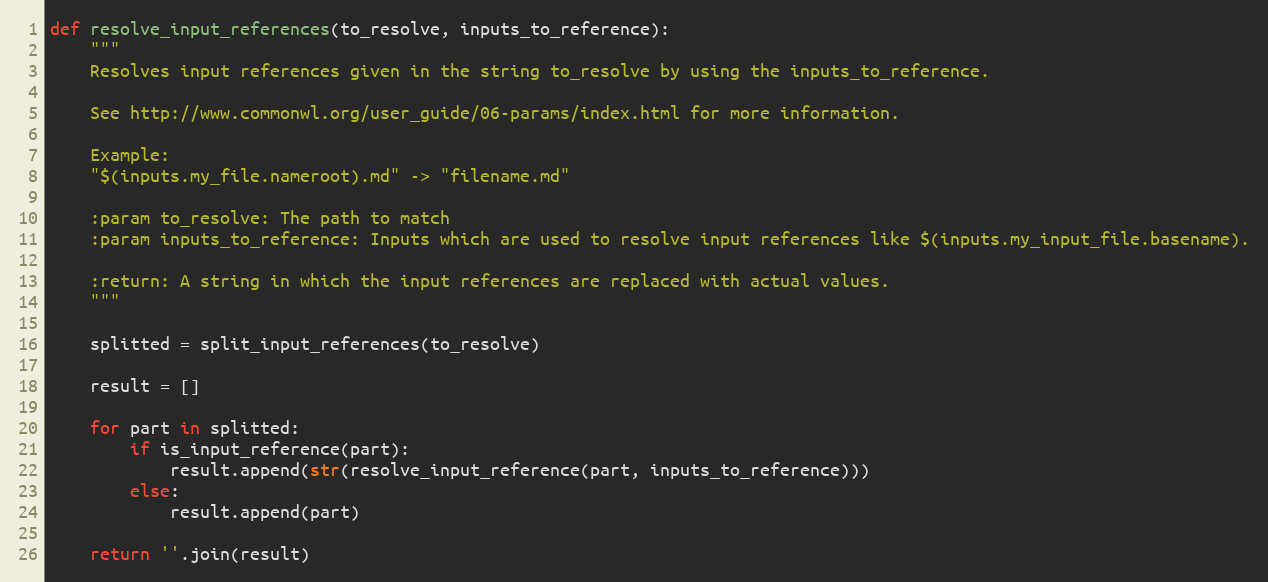
Language: Python
def resolve_input_references(to_resolve, inputs_to_reference):
    """
    Resolves input references given in the string to_resolve by using the inputs_to_reference.

    See http://www.commonwl.org/user_guide/06-params/index.html for more information.

    Example:
    "$(inputs.my_file.nameroot).md" -> "filename.md"

    :param to_resolve: The path to match
    :param inputs_to_reference: Inputs which are used to resolve input references like $(inputs.my_input_file.basename).

    :return: A string in which the input references are replaced with actual values.
    """

    splitted = split_input_references(to_resolve)

    result = []

    for part in splitted:
        if is_input_reference(part):
            result.append(str(resolve_input_reference(part, inputs_to_reference)))
        else:
            result.append(part)

    return ''.join(result)